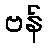
ဗန်